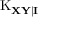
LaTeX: \operatorname { K } _ { \mathbf { X Y \mid I } }